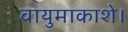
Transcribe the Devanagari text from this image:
वायुमाकाशे।